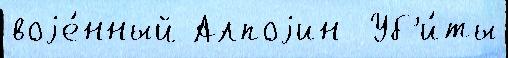
воjе́нный Алпоjин  Уб'и́ты